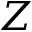
Z